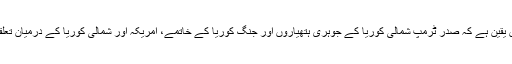
23 مئی2018ء) جنوبی کوریا کے صدر مون جائے ان نے کہاہے کہ انہیں یقین ہے کہ صدر ٹرمپ شمالی کوریا کے جوہری ہتھیاروں اور جنگِ کوریا کے خاتمے، امریکہ اور شمالی کوریا کے درمیان تعلقات استوار کرنے اور خطے میں امن اور ترقی لانے میں کامیاب رہیں گے۔